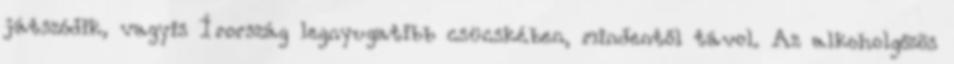
játszódik, vagyis Írország legnyugatibb csücskében, mindentől távol. Az alkoholgőzös